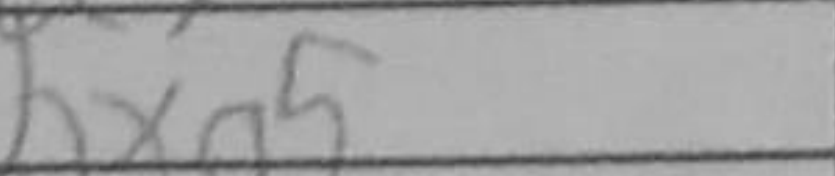
Transcription: bxa5